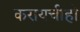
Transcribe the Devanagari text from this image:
करायचीही